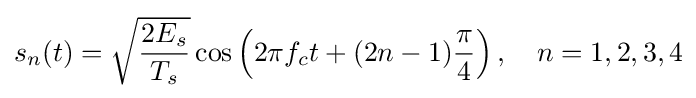
s_{n}(t)={\sqrt {\frac {2E_{s}}{T_{s}}}}\cos \left(2\pi f_{c}t+(2n-1){\frac {\pi }{4}}\right),\quad n=1,2,3,4